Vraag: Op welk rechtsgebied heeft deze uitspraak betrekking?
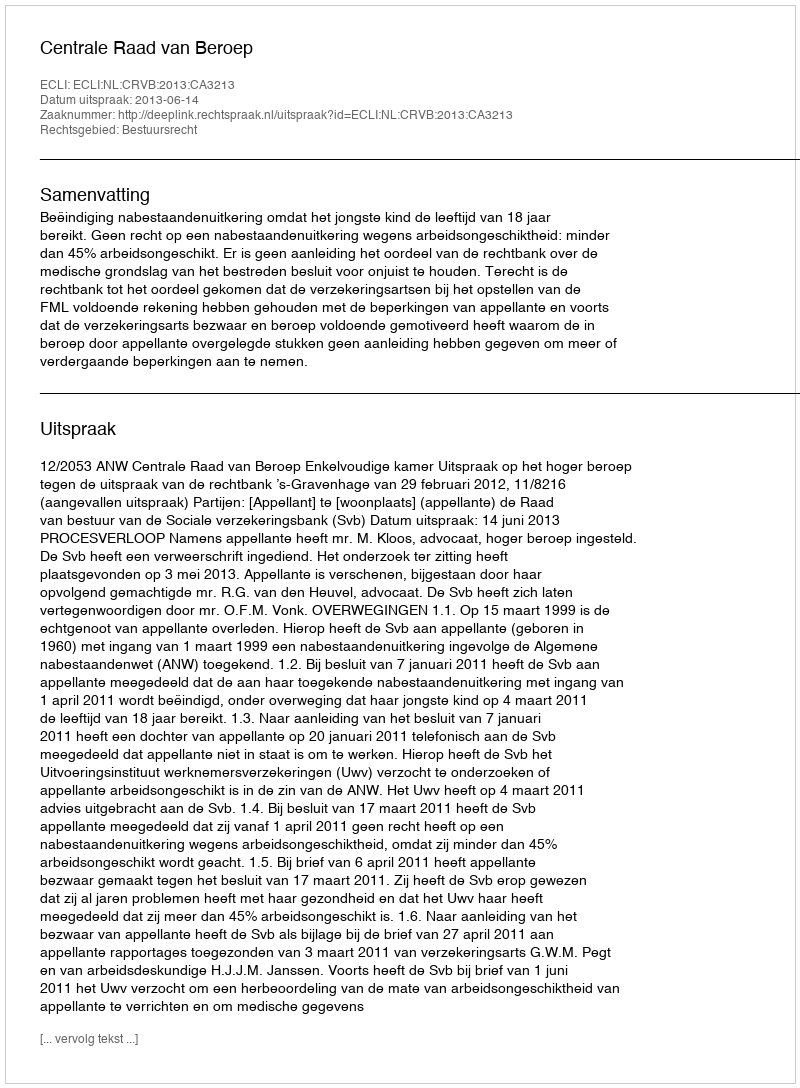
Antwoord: Bestuursrecht